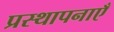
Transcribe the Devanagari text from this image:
प्रस्थापनाएँ